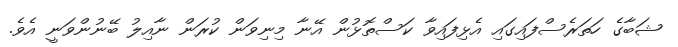
ޝަބާގެ ހަތަރެސްފައިގައި އެޅިފައިވާ ކަސްތޮޅުން އޭނާ މިނިވަން ކުރަން ނާއިލު ބޭނުންވަނީ އެވެ.